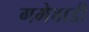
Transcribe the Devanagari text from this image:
गमेवाडी